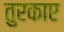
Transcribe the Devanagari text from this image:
तुरकाए